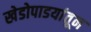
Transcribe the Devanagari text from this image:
खेडोपाडयांतून